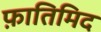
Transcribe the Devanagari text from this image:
फ़ातिमिद